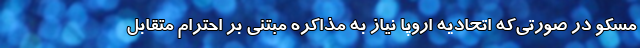
مسکو در صورتی‌که اتحادیه اروپا نیاز به مذاکره مبتنی بر احترام متقابل